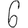
Digit: 6